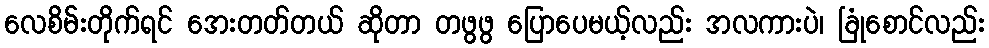
လေစိမ်းတိုက်ရင် အေးတတ်တယ် ဆိုတာ တဖွဖွ ပြောပေမယ့်လည်း အလကားပဲ၊ ခြုံစောင်လည်း